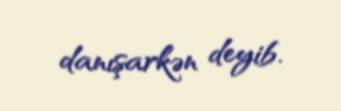
danışarkən deyib.